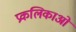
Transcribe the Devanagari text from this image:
प्रकलिकाओं